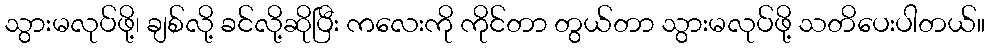
သွားမလုပ်ဖို့၊ ချစ်လို့ ခင်လို့ဆိုပြီး ကလေးကို ကိုင်တာ တွယ်တာ သွားမလုပ်ဖို့ သတိပေးပါတယ်။